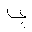
Letter: _ya